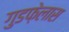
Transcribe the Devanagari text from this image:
गुडफ़ेलास